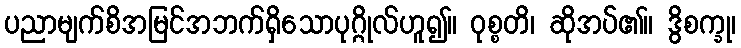
ပညာမျက်စိအမြင်အဘက်ရှိသောပုဂ္ဂိုလ်ဟူ၍။ ဝုစ္စတိ၊ ဆိုအပ်၏။ ဒွိစက္ခု၊